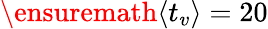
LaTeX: {\ensuremath{\left\langle t_{v}\right\rangle}}=20